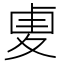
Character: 𠧺